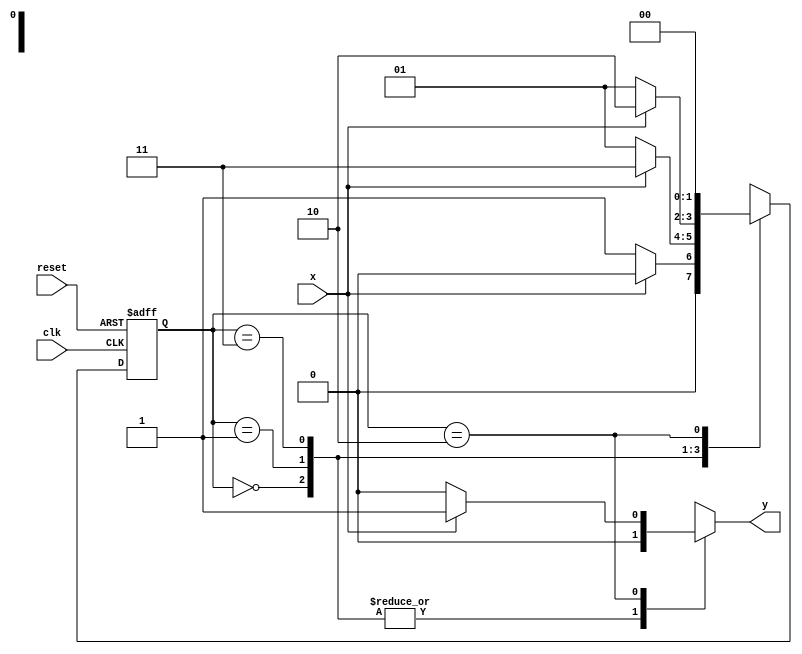
// Exemplo0054 - Maquinas de estados finitos
// Nome: Julio Machado

//-----------
// Mealy FSM
//-----------
/* 
							Mealy FSM Diagram 
		  _____________________________________	 
		 /										  			\ 
	  	v		0 	   		1 				1 		  1|  // found 
	[start] ---> [id0] ---> [id01] ---> [id011] 
		^ \1 		  ^ \0 		   0| 			  0| // not found 
		\_/ 		  \_/ 		   / 				   | 
		 			   \__________/					/ 
		  				 \								  / 
		   			  \______________________/ 
*/ 

//constant definitions
`define found		1
`define notfound	0

//FSM by Mealy
module mealy0111(y,x,clk,reset);
	output y;
	input x;
	input clk;
	input reset;
	
	reg y;
	
	parameter	//state identifiers
		start = 2'b00,
		id0 = 2'b01,
		id01 = 2'b11,
		id011 = 2'b10;
		
		reg [1:0] E1;	//current state variables
		reg [1:0] E2;	//next state logic output
		
		//next state logic
		always @ (x or E1)
			begin
				y = `notfound;
				
				case (E1)
					start:
						if (x)
							E2 = start;
						else
							E2 = id0;
					id0:
						if (x)
							E2 = id01;
						else
							E2 = id0;
					id01:
						if (x)
							E2 = id011;
						else
							E2 = id0;
					id011:
						if (x)
							begin
								E2 = start;
								y = `found;
							end
						else
							begin
								E2 = start;
								y = `notfound;
							end
					default:		//undefined state
						E2 = 2'bxx;
				endcase
			end //always at signal or state changing
			
		//state variables
			always @ (posedge clk or negedge reset)
				begin
					if (reset)
						E1 = E2;	//updates current state
					else
						E1 = start;	//reset
				end //always at signal changing
				
endmodule //mealy0111

// -----------
//	Test Mealy
// -----------
module testMealy0111;
	reg x,reset,clk;
	wire y;
	
	mealy0111 m1(y,x,clk,reset);
	
	initial
		begin
			x = 1'b1;
			reset = 1'b1;
			clk = 1'b0;
		end
	
	initial
		begin
		
		$display("Mealy0111\nNome: Julio Machado\nMatricula: 435666");
		
		$display("Clk  Rst  x  y");
		#2 x = 1'b0;
		#2 x = 1'b1;
		#6 $finish;
		end
		
	always
		#1 clk = ~clk;
	
	always @(posedge clk)
		begin
			$display("%d	%b  %b  %b",$time,reset,x,y);
		end

endmodule //testMealy

/* -- Documentacao complementar
 
 		Historico
 Nome						Data				Modificacao
 Mealy1101			30/09/2011		FSM by Mealy
 Moore1101			30/09/2011		FSM by Moore
 Exemplo0051		30/09/2011		FSM by Mealy and Moore
 Exemplo0052		01/10/2011		FSM by Mealy - sequencia 101 com intersecao
 Exemplo0053		01/10/2011		FSM by Moore - sequencia 1010 sem intersecao
 Exemplo0054		03/10/2011		FSM by Mealy - primeira sequencia 0111


			Testes e Resultados

 Mealy1101
 	*obs: nao conseguir fazer o programa identificar 1101, por isso,
			nao pude realizar mais testes
			
 Moore1101
 	*obs: nao conseguir fazer o programa identificar 1101, por isso,
			nao pude realizar mais testes
			
 Exemplo0051
 	Mealy conseguiu identificar a entrada 1101, mas a saida final da FSM de Moore foi x.
	
 Exemplo0052
 	*obs: nao conseguir fazer o programa identificar 101, por isso,
			nao pude realizar mais testes

 Exemplo0053
 	*obs: nao conseguir fazer o programa identificar 1010, por isso,
			nao pude realizar mais testes
			
 Exemplo0054
 	*obs: nao conseguir fazer o programa identificar 0111, por isso,
			nao pude realizar mais testes
*/